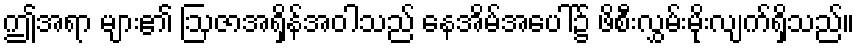
ဤအရာ များ၏ ဩဇာအရှိန်အဝါသည် နေအိမ်အပေါ်၌ ဖိစီးလွှမ်းမိုးလျက်ရှိသည်။